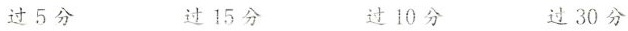
过5分 过15分 过10分 过30分